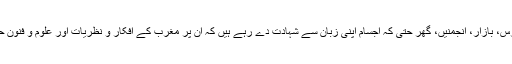
ان کے مدارس، بازار، انجمنیں، گھر حتیٰ کہ اجسام اپنی زبان سے شہادت دے رہے ہیں کہ ان پر مغرب کے افکار و نظریات اور علوم و فنون حکمراں ہیں۔